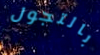
بالتجول